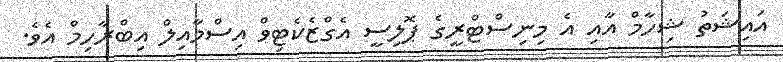
އައިޝަތު ޝިހާމް އާއި އެ މިނިސްޓްރީގެ ޕޮލިސީ އެގްޒެކެޓިވް އިސްމާއިލް އިބްރާހިމް އެވެ.